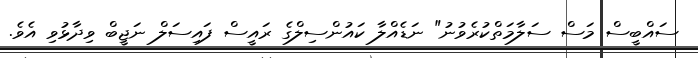
ސައްބީސް މަސް ސަލާމަތްކުރެވުނު" ނަޑެއްލާ ކައުންސިލްގެ ރައީސް ފައިސަލް ނަޖީބް ވިދާޅުވި އެވެ.